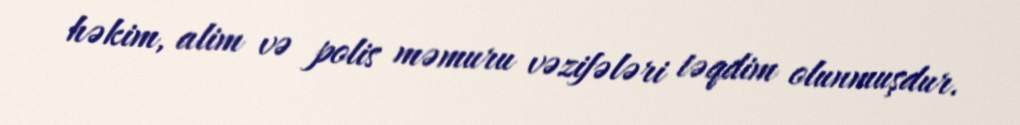
həkim, alim və polis məmuru vəzifələri təqdim olunmuşdur.